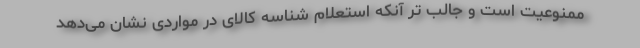
ممنوعیت است و جالب تر آنکه استعلام شناسه کالای در مواردی نشان می‌دهد